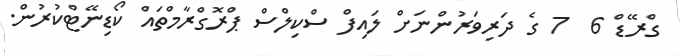
ގްރޭޑް 6  7 ގެ ދަރިވަރުންނަށް ލައިފް ސްކިލްސް ޕްރޮގްރާމްތައް ކޯޑިނޭޓްކުރުން.